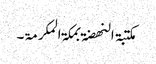
مکتبۃ النھضۃ بمکۃ المکرمۃ۔